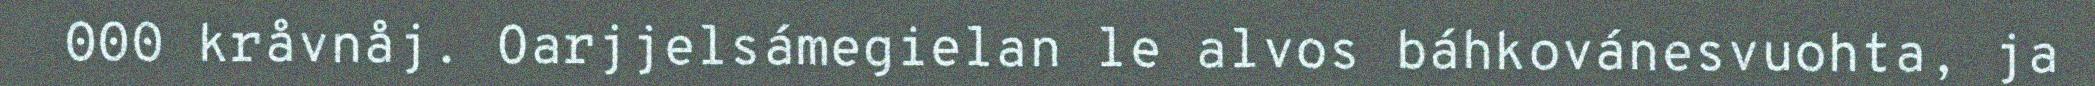
000 kråvnåj. Oarjjelsámegielan le alvos báhkovánesvuohta, ja